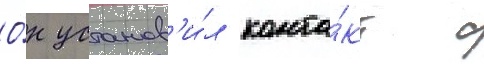
О́н установ'и́л конта́кт с